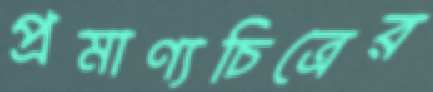
প্রমাণ্যচিত্রের